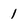
Character: 1